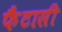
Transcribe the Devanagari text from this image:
फैंटासी